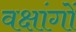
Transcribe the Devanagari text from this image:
वक्षांगों